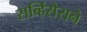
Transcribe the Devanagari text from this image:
सर्व्हिसेसने